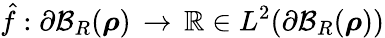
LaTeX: \hat{f}:\partial\mathcal{B}_{R}({\boldsymbol\rho})\, \rightarrow\, \mathbb{R}\in L^{2}(\partial\mathcal{B}_{R}({\boldsymbol\rho}))